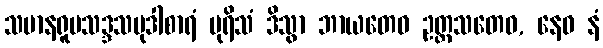
သမာနရူပသဒ္ဒသမုဒါစာရံ ပုရိသံ ဒိသွာ ဘာယတေဝ ဥတ္တသတေဝ, နေဝ နံ